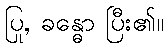
ပြု, ခန္ဓော ပြီး၏။